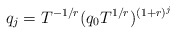
\begin{align*}q_j = T^{-1/r} (q_0 T^{1/r})^{(1+r)^j}\end{align*}